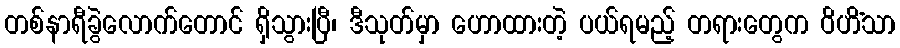
တစ်နာရီခွဲလောက်တောင် ရှိသွားပြီ၊ ဒီသုတ်မှာ ဟောထားတဲ့ ပယ်ရမည့် တရားတွေက ဝိဟိံသာ